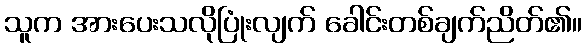
သူက အားပေးသလိုပြုံးလျက် ခေါင်းတစ်ချက်ညိတ်၏။